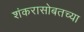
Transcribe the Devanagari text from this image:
शंकरासोबतच्या